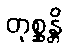
တုစ္ဆန္တိ